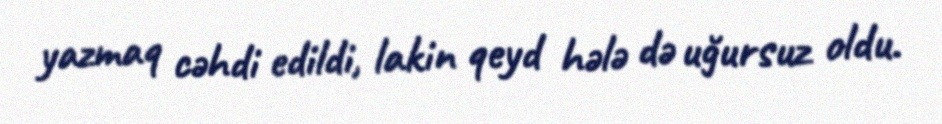
yazmaq cəhdi edildi, lakin qeyd hələ də uğursuz oldu.